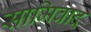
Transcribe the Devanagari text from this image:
सामिवाद